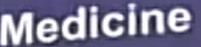
Medicine